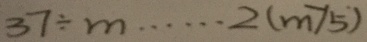
3 7 \div m \cdots 2 ( m > 5 )